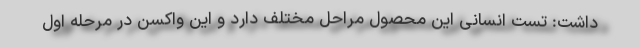
داشت: تست انسانی این محصول مراحل مختلف دارد و این واکسن در مرحله اول